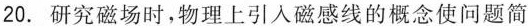
20.研究磁场时，物理上引入磁感线的概念使问题简